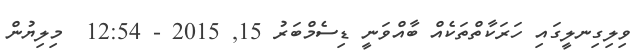
ވިލިގިނލީގައި ހަރަކާތްތަކެއް ބާއްވަނީ ޑިސެމްބަރު 15